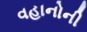
વહાનોની